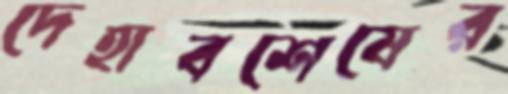
দেহাবশেষের